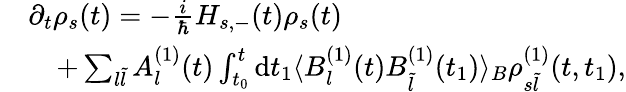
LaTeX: \begin{array}{rl}&{\partial_{t}\rho_{s}(t)=-\frac{i}{\hbar}H_{s,-}(t)\rho_{s}(t)}\\ &{\quad+\sum_{l\tilde{l}}A_{l}^{(1)}(t)\int_{t_{0}}^{t}\mathrm{d}t_{1}\langle B_{l}^{(1)}(t)B_{\tilde{l}}^{(1)}(t_{1})\rangle_{B}\rho_{s\tilde{l}}^{(1)}(t,t_{1}),}\end{array}